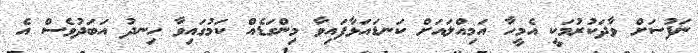
ނަފުސަށް ވާދަކުރުމަކީ އެމީހާ އަމިއްލައަށް ކަނޑައަޅާފައިވާ މިންގަޑެއް ކަމުގައިވާ ހިނދު އަބަދުވެސް އެ